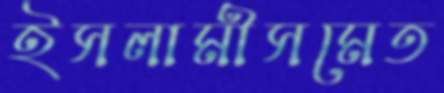
ইসলামীসমেত